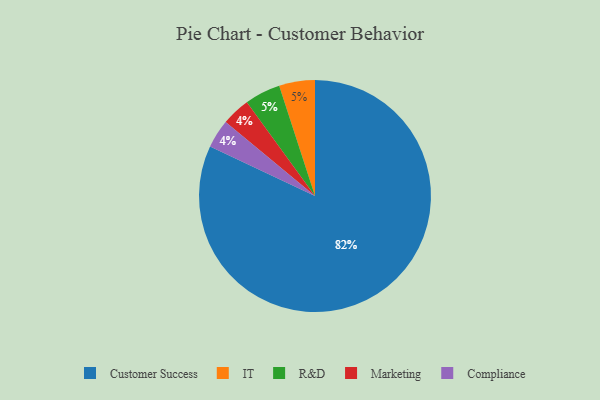
{"axis": {"x": "Category", "y": "Percentage"}, "legend": ["Compliance", "Customer Success", "IT", "Marketing", "R&D"], "data": [{"x": "Marketing", "y": 4, "type": "Marketing"}, {"x": "Compliance", "y": 4, "type": "Compliance"}, {"x": "Customer Success", "y": 82, "type": "Customer Success"}, {"x": "IT", "y": 5, "type": "IT"}, {"x": "R&D", "y": 5, "type": "R&D"}]}